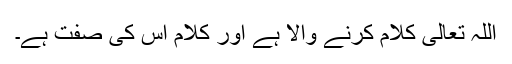
اللہ تعالیٰ کلام کرنے والا ہے اور کلام اس کی صفت ہے۔